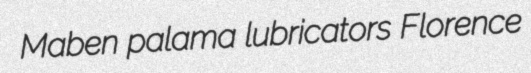
Maben palama lubricators Florence